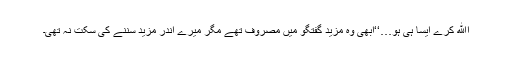
اﷲ کرے ایسا ہی ہو…‘‘ابھی وہ مزید گفتگو میں مصروف تھے مگر میرے اندر مزید سننے کی سکت نہ تھی۔